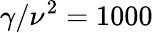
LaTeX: \gamma/\nu^{2}=1000